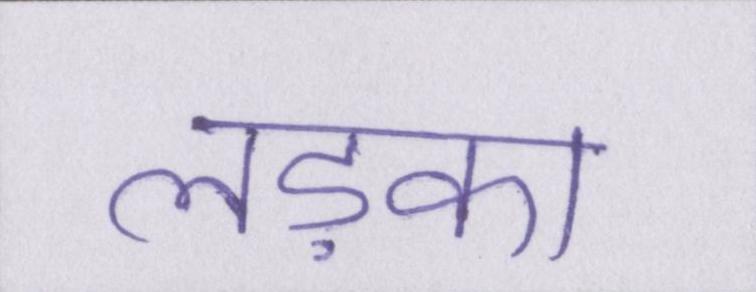
लड़का